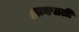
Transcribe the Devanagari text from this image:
अम्बपाली